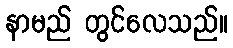
နာမည် တွင်လေသည်။